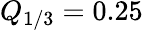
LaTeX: Q_{1/3}=0.25